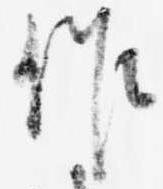
作